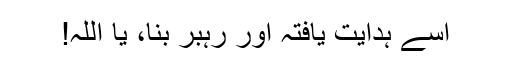
اسے ہدایت یافتہ اور رہبر بنا، یا اللہ!